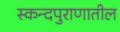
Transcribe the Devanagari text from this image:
स्कन्दपुराणातील